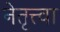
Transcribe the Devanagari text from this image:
नेतृत्त्वा